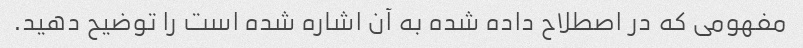
مفهومی که در اصطلاح داده شده به آن اشاره شده است را توضیح دهید.